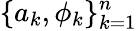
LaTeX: \{ a_{k},\phi_{k}\} _{k=1}^{n}